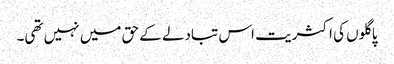
پاگلوں کی اکثریت اس تبادلے کے حق میں نہیں تھی۔